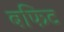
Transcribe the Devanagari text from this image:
बफिट